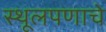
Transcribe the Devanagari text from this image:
स्थूलपणाचे